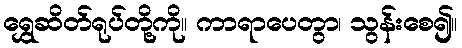
ရွှေဆိတ်ရုပ်တို့ကို။ ကာရာပေတွာ၊ သွန်းစေ၍။